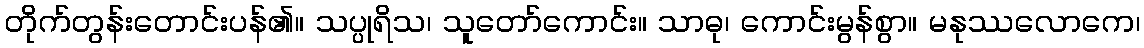
တိုက်တွန်းတောင်းပန်၏။ သပ္ပုရိသ၊ သူတော်ကောင်း။ သာဓု၊ ကောင်းမွန်စွာ။ မနုဿလောကေ၊